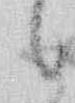
候